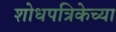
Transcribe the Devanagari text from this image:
शोधपत्रिकेच्या